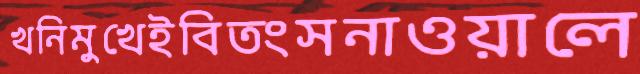
খনিমুখেইবিতংসনাওয়ালে